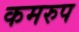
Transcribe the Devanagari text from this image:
कमरुप